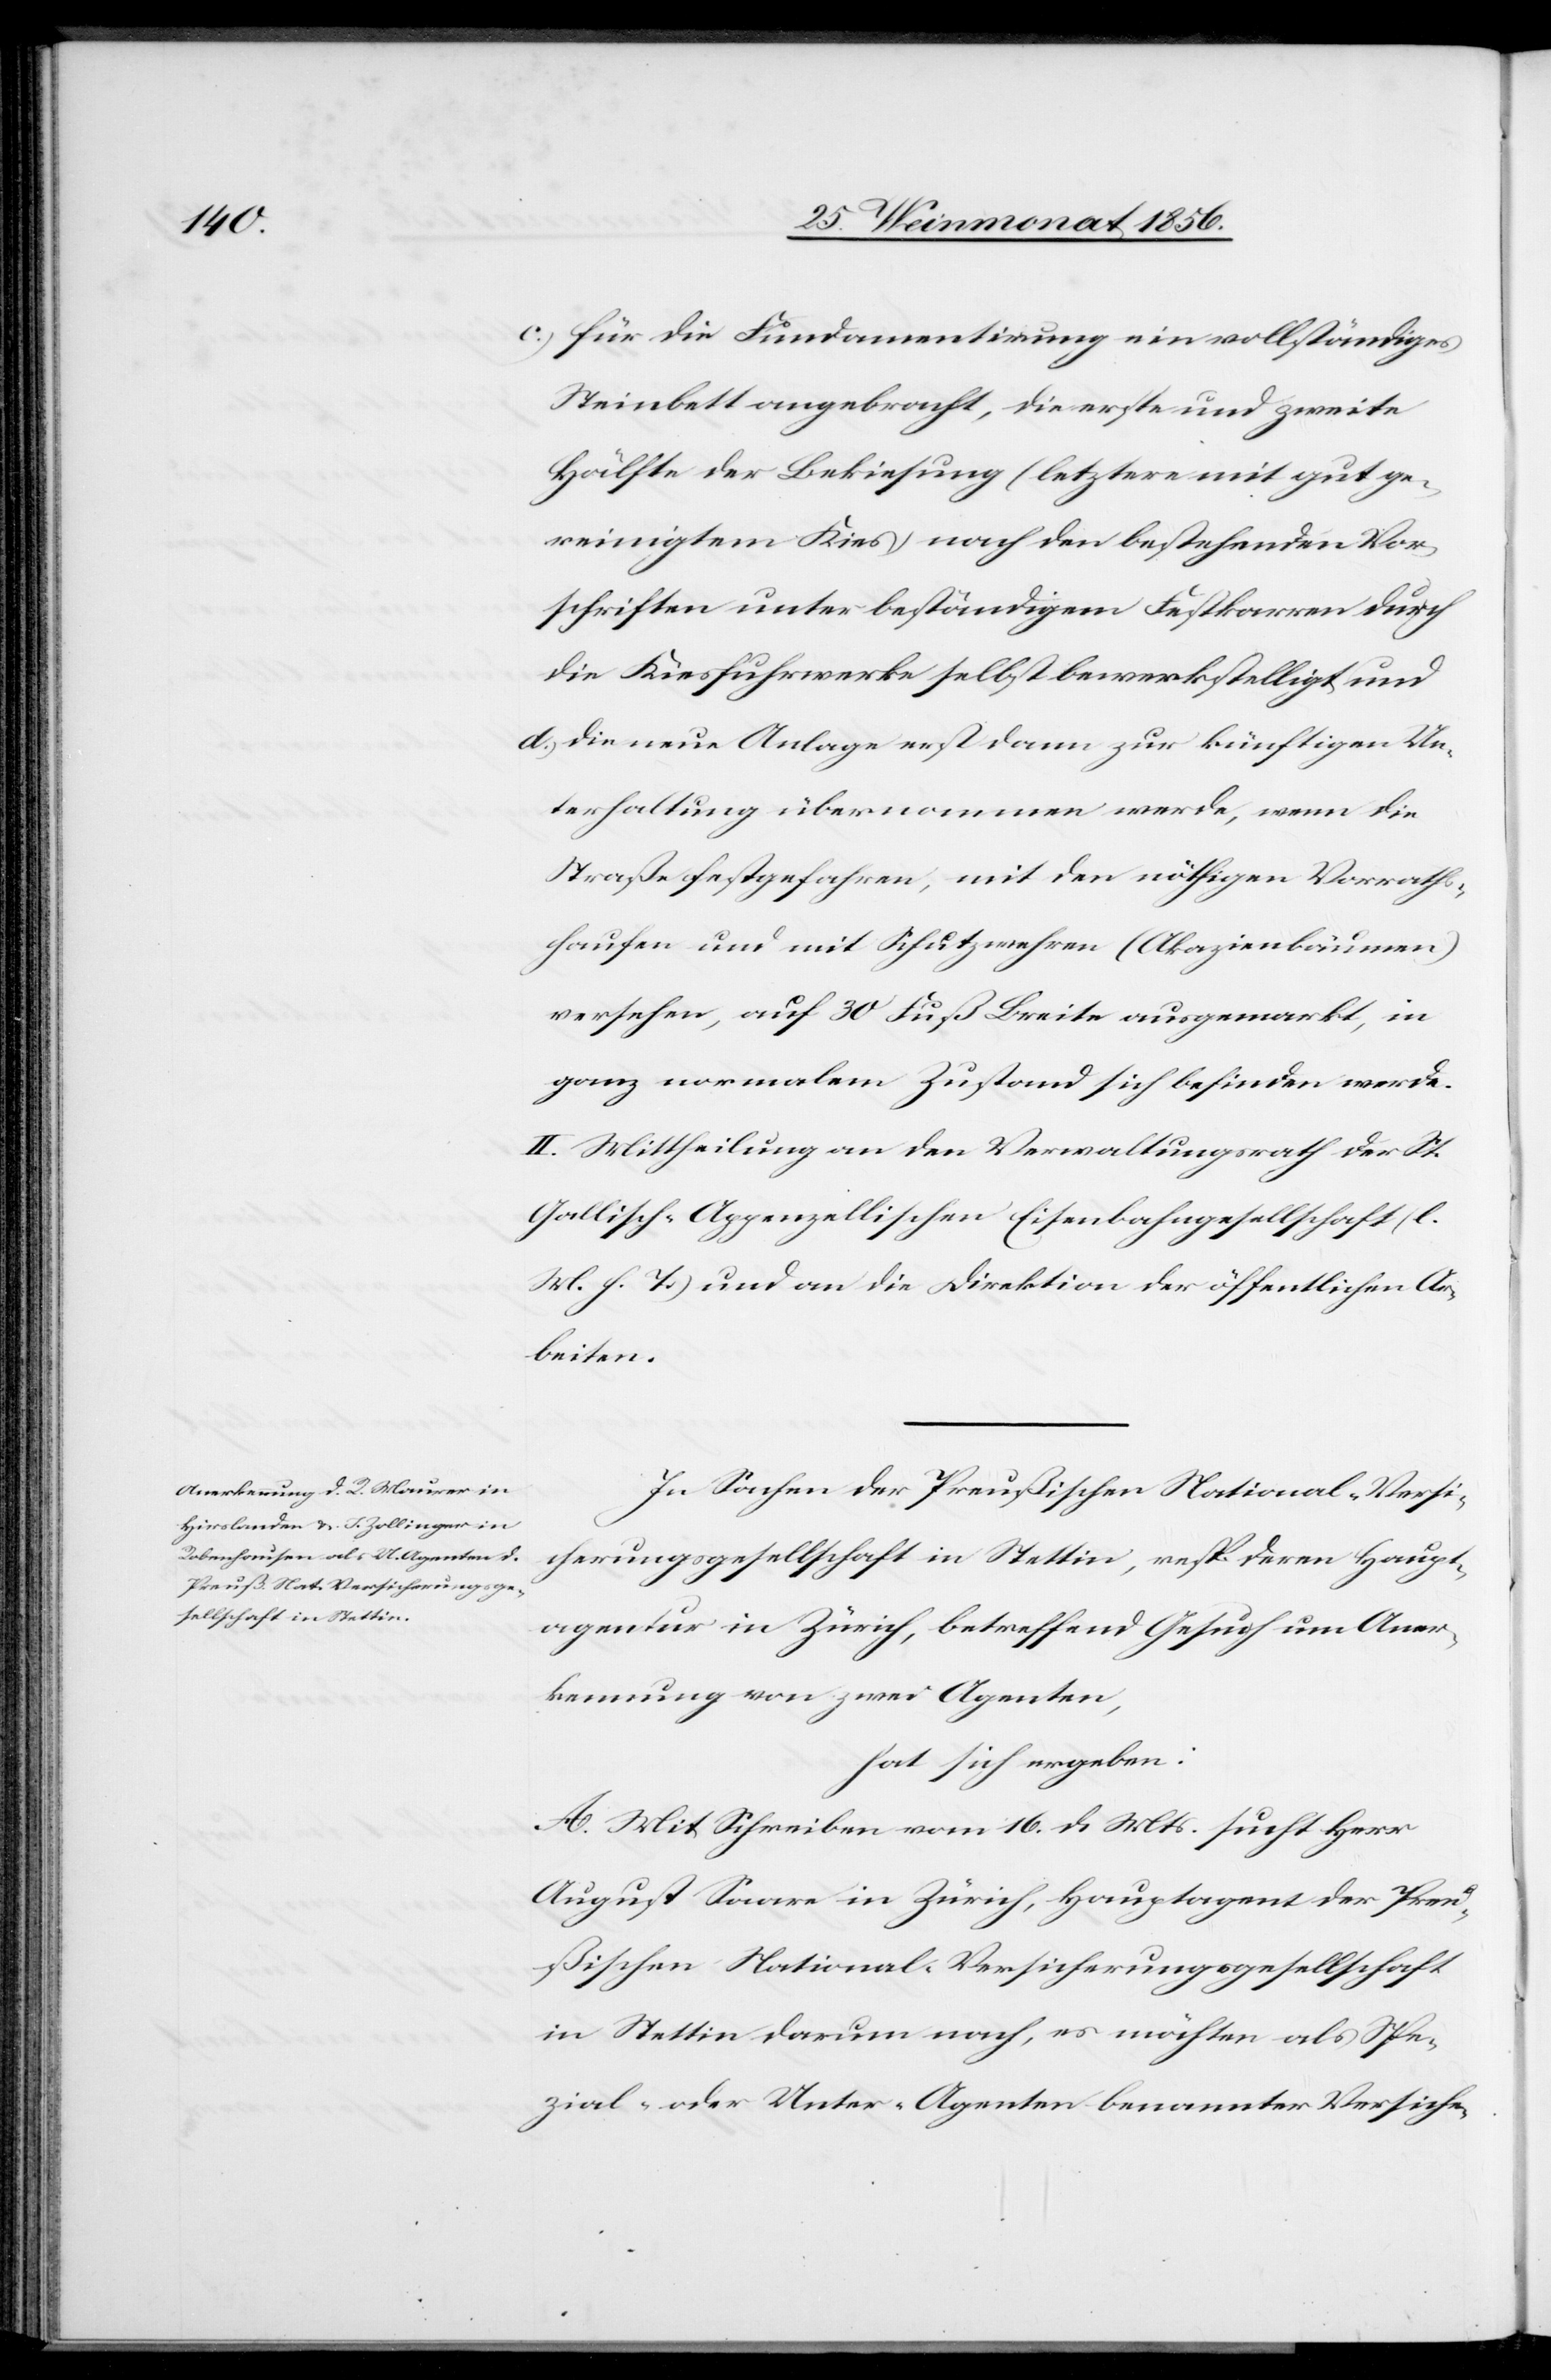
c.) für die Fundamentirung ein vollständiges
Steinbett angebracht, die erste und zweite
Hälfte der Bekiesung (letztere mit gut ge¬
reinigtem Kies nach den bestehenden Vor¬
schriften unter beständigem Festkarren durch
die Kiesfuhrwerke selbst bewerkstelligt und
d.) die neue Anlage erst dann zur künftigen Un¬
terhaltung übernommen werde, wenn die
Straße festgefahren, mit den nöthigen Vorraths¬
haufen und mit Schutzwehren (Akazienbäumen)
versehen, auf 30 Fuß Breite ausgemarkt, in
ganz normalem Zustand sich befinden werde.
II. Mittheilung an den Verwaltungsrath der St.
Gallisch-Appenzellischen Eisenbahngesellschaft (l.
M. h. T.) und an die Direktion der öffentlichen Ar¬
beiten.
In Sachen der Preußischen National-Versi¬
cherungsgesellschaft in Stettin, resp. deren Haupt¬
agentur in Zürich, betreffend Gesuch um Aner¬
kennung von zwei Agenten,
hat sich ergeben:
A. Mit Schreiben vom 16. d. Mts. sucht Herr
August Saare in Zürich, Hauptagent der Preu¬
ßischen National-Versicherungsgesellschaft
in Stettin darum nach, es möchten als Spe¬
zial- oder Unteragenten benannter Versiche-